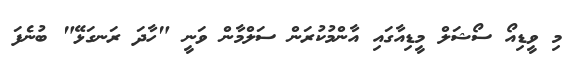
މި ވީޑިއޯ ސޯޝަލް މީޑިއާގައި އާންމުކުރަން ސަލްމާން ވަނީ "ހާދަ ރަނގަޅޭ" ބުނެފަ